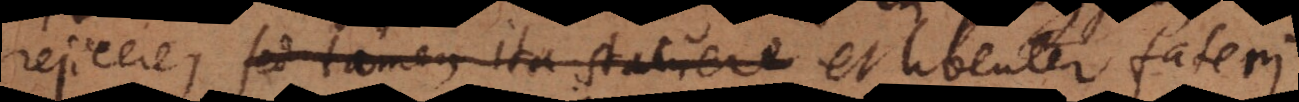
rejicere, sed tamen ita statuere et libenter fateri